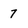
Character: 7